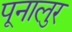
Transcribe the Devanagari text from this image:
पूनालुर